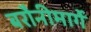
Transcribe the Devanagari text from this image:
बरौनीमार्गे